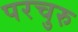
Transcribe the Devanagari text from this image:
परचुरु